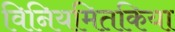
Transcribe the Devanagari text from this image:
विनियमितकिया